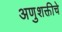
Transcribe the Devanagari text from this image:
अणुशक्तीचे